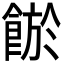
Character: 𩜏